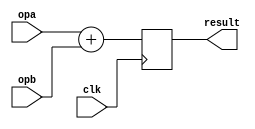
/*

arithmetic functional units, to mix and match in the final design.
currently only supporting unsigned 24-bit arithmetic.

*/

`timescale 1ns / 1ns

module u24add(
    input clk,
    input [23:0] opa,
    input [23:0] opb,
    output reg [23:0] result
    //output reg [23:0] status
);
    
    //wire ov, z;
    //assign ov = {1'b0, opa} + {1'b0, opb} > 25'hFFFFFF ? 1'h1 : 1'h0;
    //assign z = opa + opb == 24'h0 ? 1'h1 : 1'h0;
    
    always @(posedge clk) begin
        result <= opa + opb;
        //status <= {22'h0, z, ov};
    end
endmodule

module u24sub(
    input clk,
    input [23:0] opa,
    input [23:0] opb,
    output reg [23:0] result
    //output reg [23:0] status
);

    //wire uv, z;
    //assign uv = {1'b0, opa} - {1'b0, opb} > 25'hFFFFFF ? 1'h1 : 1'h0;
    //assign z = opa - opb == 24'h0 ? 1'h1 : 1'h0;
    
    always @(posedge clk) begin
        result <= opa - opb;
        //status <= {22'h0, z, uv};
    end
endmodule